Annual vaccination report of Bihar and Orissa - 1911-1928
Year: 1911
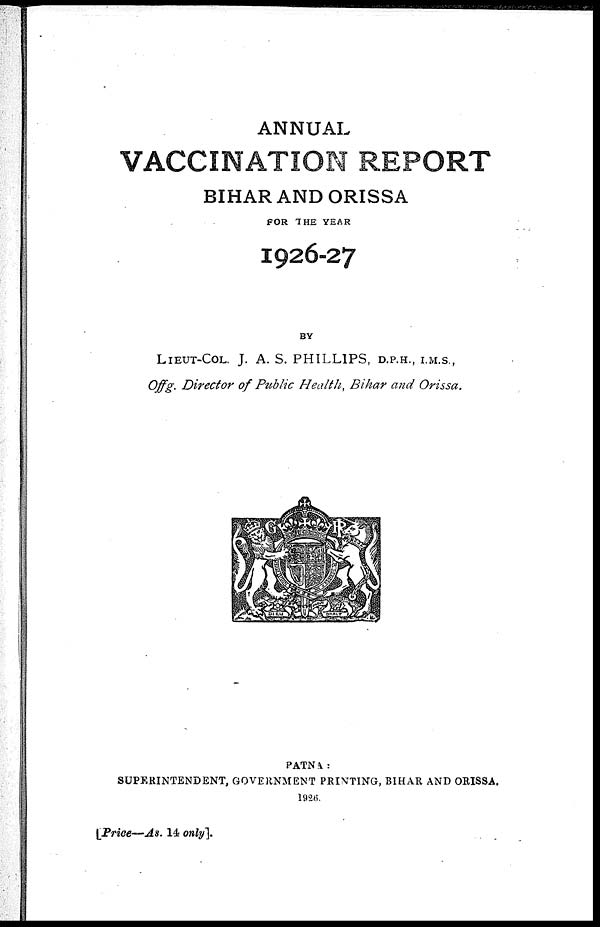
ANNUAL
VACCINATION REPORT
BIHAR AND ORISSA
FOR THE YEAR
1926-27
BY
LIEUT-COL. J. A. S. PHILLIPS, D.P.H., I.M.S.,
Offg. Director of Public Health, Bihar and Orissa.
PATNA:
SUPERINTENDENT, GOVERNMENT PRINTING, BIHAR AND ORISSA.
1926.
[Price—As. 14 only].